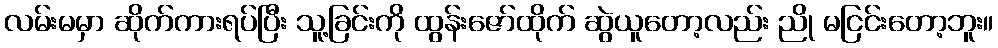
လမ်းမမှာ ဆိုက်ကားရပ်ပြီး သူ့ခြင်းကို ထွန်းဇော်ထိုက် ဆွဲယူတော့လည်း ညို မငြင်းတော့ဘူး။